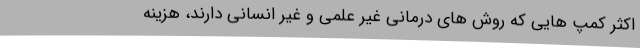
اکثر کمپ هایی که روش های درمانی غیر علمی و غیر انسانی دارند، هزینه